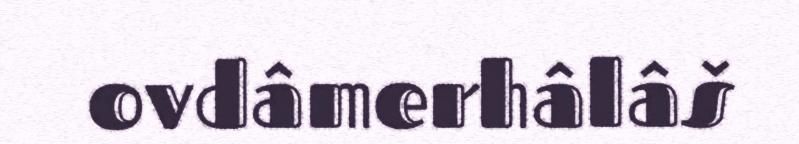
ovdâmerhâlâš